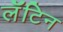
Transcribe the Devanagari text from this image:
लॅॅॅटिन